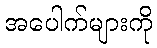
အပေါက်များကို